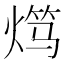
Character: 𬊯